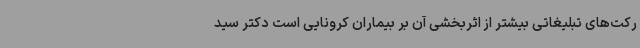
رکت‌های تبلیغاتی بیشتر از اثربخشی آن بر بیماران کرونایی است دکتر سید